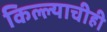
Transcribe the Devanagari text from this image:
किल्ल्याचीही